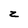
Character: z